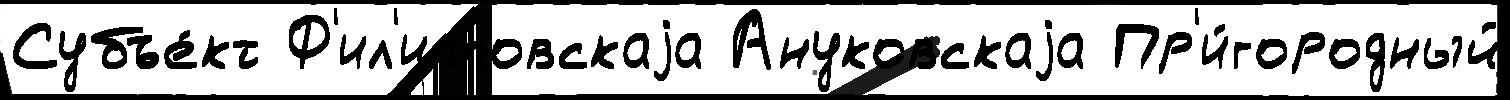
Субъе́кт Ф'ил'ипповскаjа Ануковскаjа Пр'и́городный